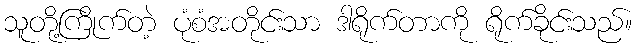
သူတို့ကြိုက်တဲ့ ပုံစံအတိုင်းသာ ဒါရိုက်တာကို ရိုက်ခိုင်းသည်။